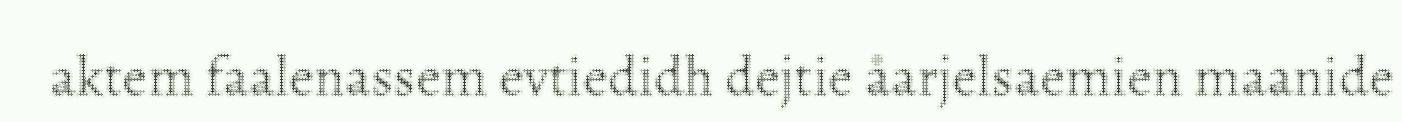
aktem faalenassem evtiedidh dejtie åarjelsaemien maanide